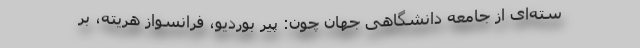
سته‌ای از جامعه دانشگاهی جهان چون: پیر بوردیو، فرانسواز هریته، بر